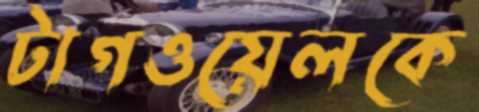
টাগওয়েলকে